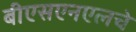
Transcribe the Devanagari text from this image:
बीएसएनएलचे